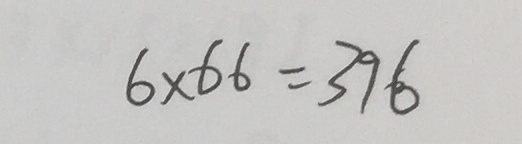
6 \times 6 6 = 3 9 6